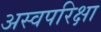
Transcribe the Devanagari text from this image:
अस्वपरिक्षा